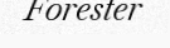
Forester